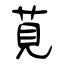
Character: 莧